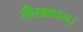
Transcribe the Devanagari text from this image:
तीखापन।